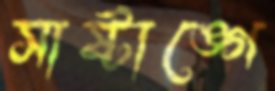
সাষ্টাঙ্গে